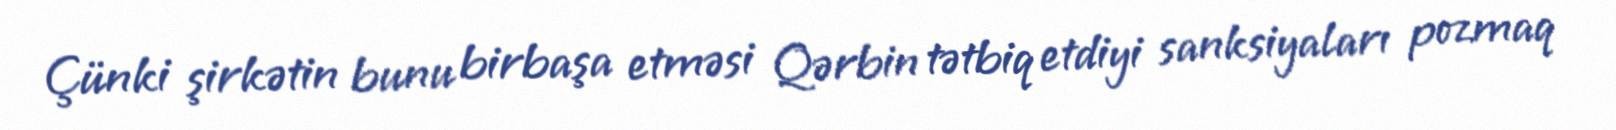
Çünki şirkətin bunu birbaşa etməsi Qərbin tətbiq etdiyi sanksiyaları pozmaq